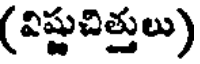
(విష్ణుచిత్తులు)